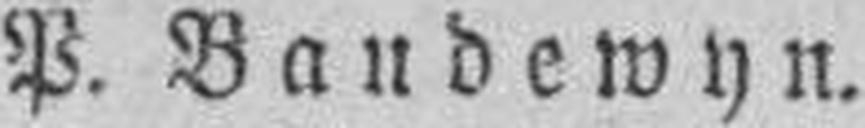
P. Baudewyn.